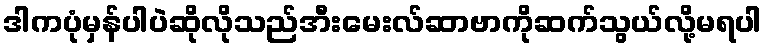
ဒါကပုံမှန်ပါပဲဆိုလိုသည်အီးမေးလ်ဆာဗာကိုဆက်သွယ်လို့မရပါ